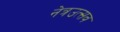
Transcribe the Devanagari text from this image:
नेत्रउत्सव